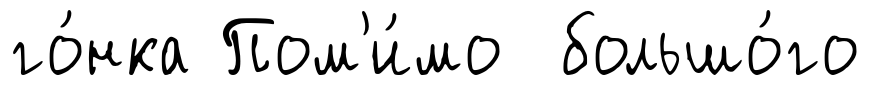
го́нка Пом'и́мо большо́го